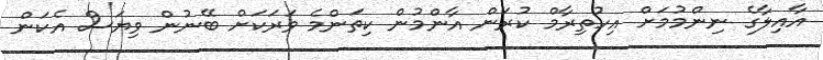
އާއިލާގެ ނިންމުމަށް އިހުތިރާމް ކުރަން އާންމުން ކިތަންމެ ވަރަކަށް ބޭނުން ވިޔަސް އެކަން